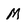
Character: M